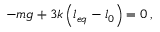
- m g + 3 k \left( l _ { e q } - l _ { 0 } \right) = 0 \, ,